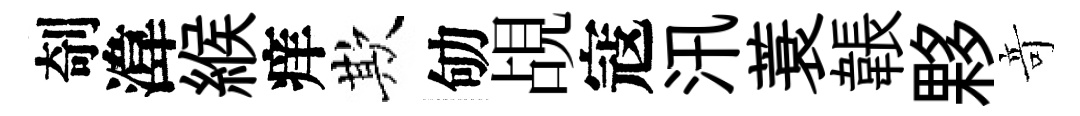
剞湋緱痒欺劬覘寇汛蓑韔夥竒